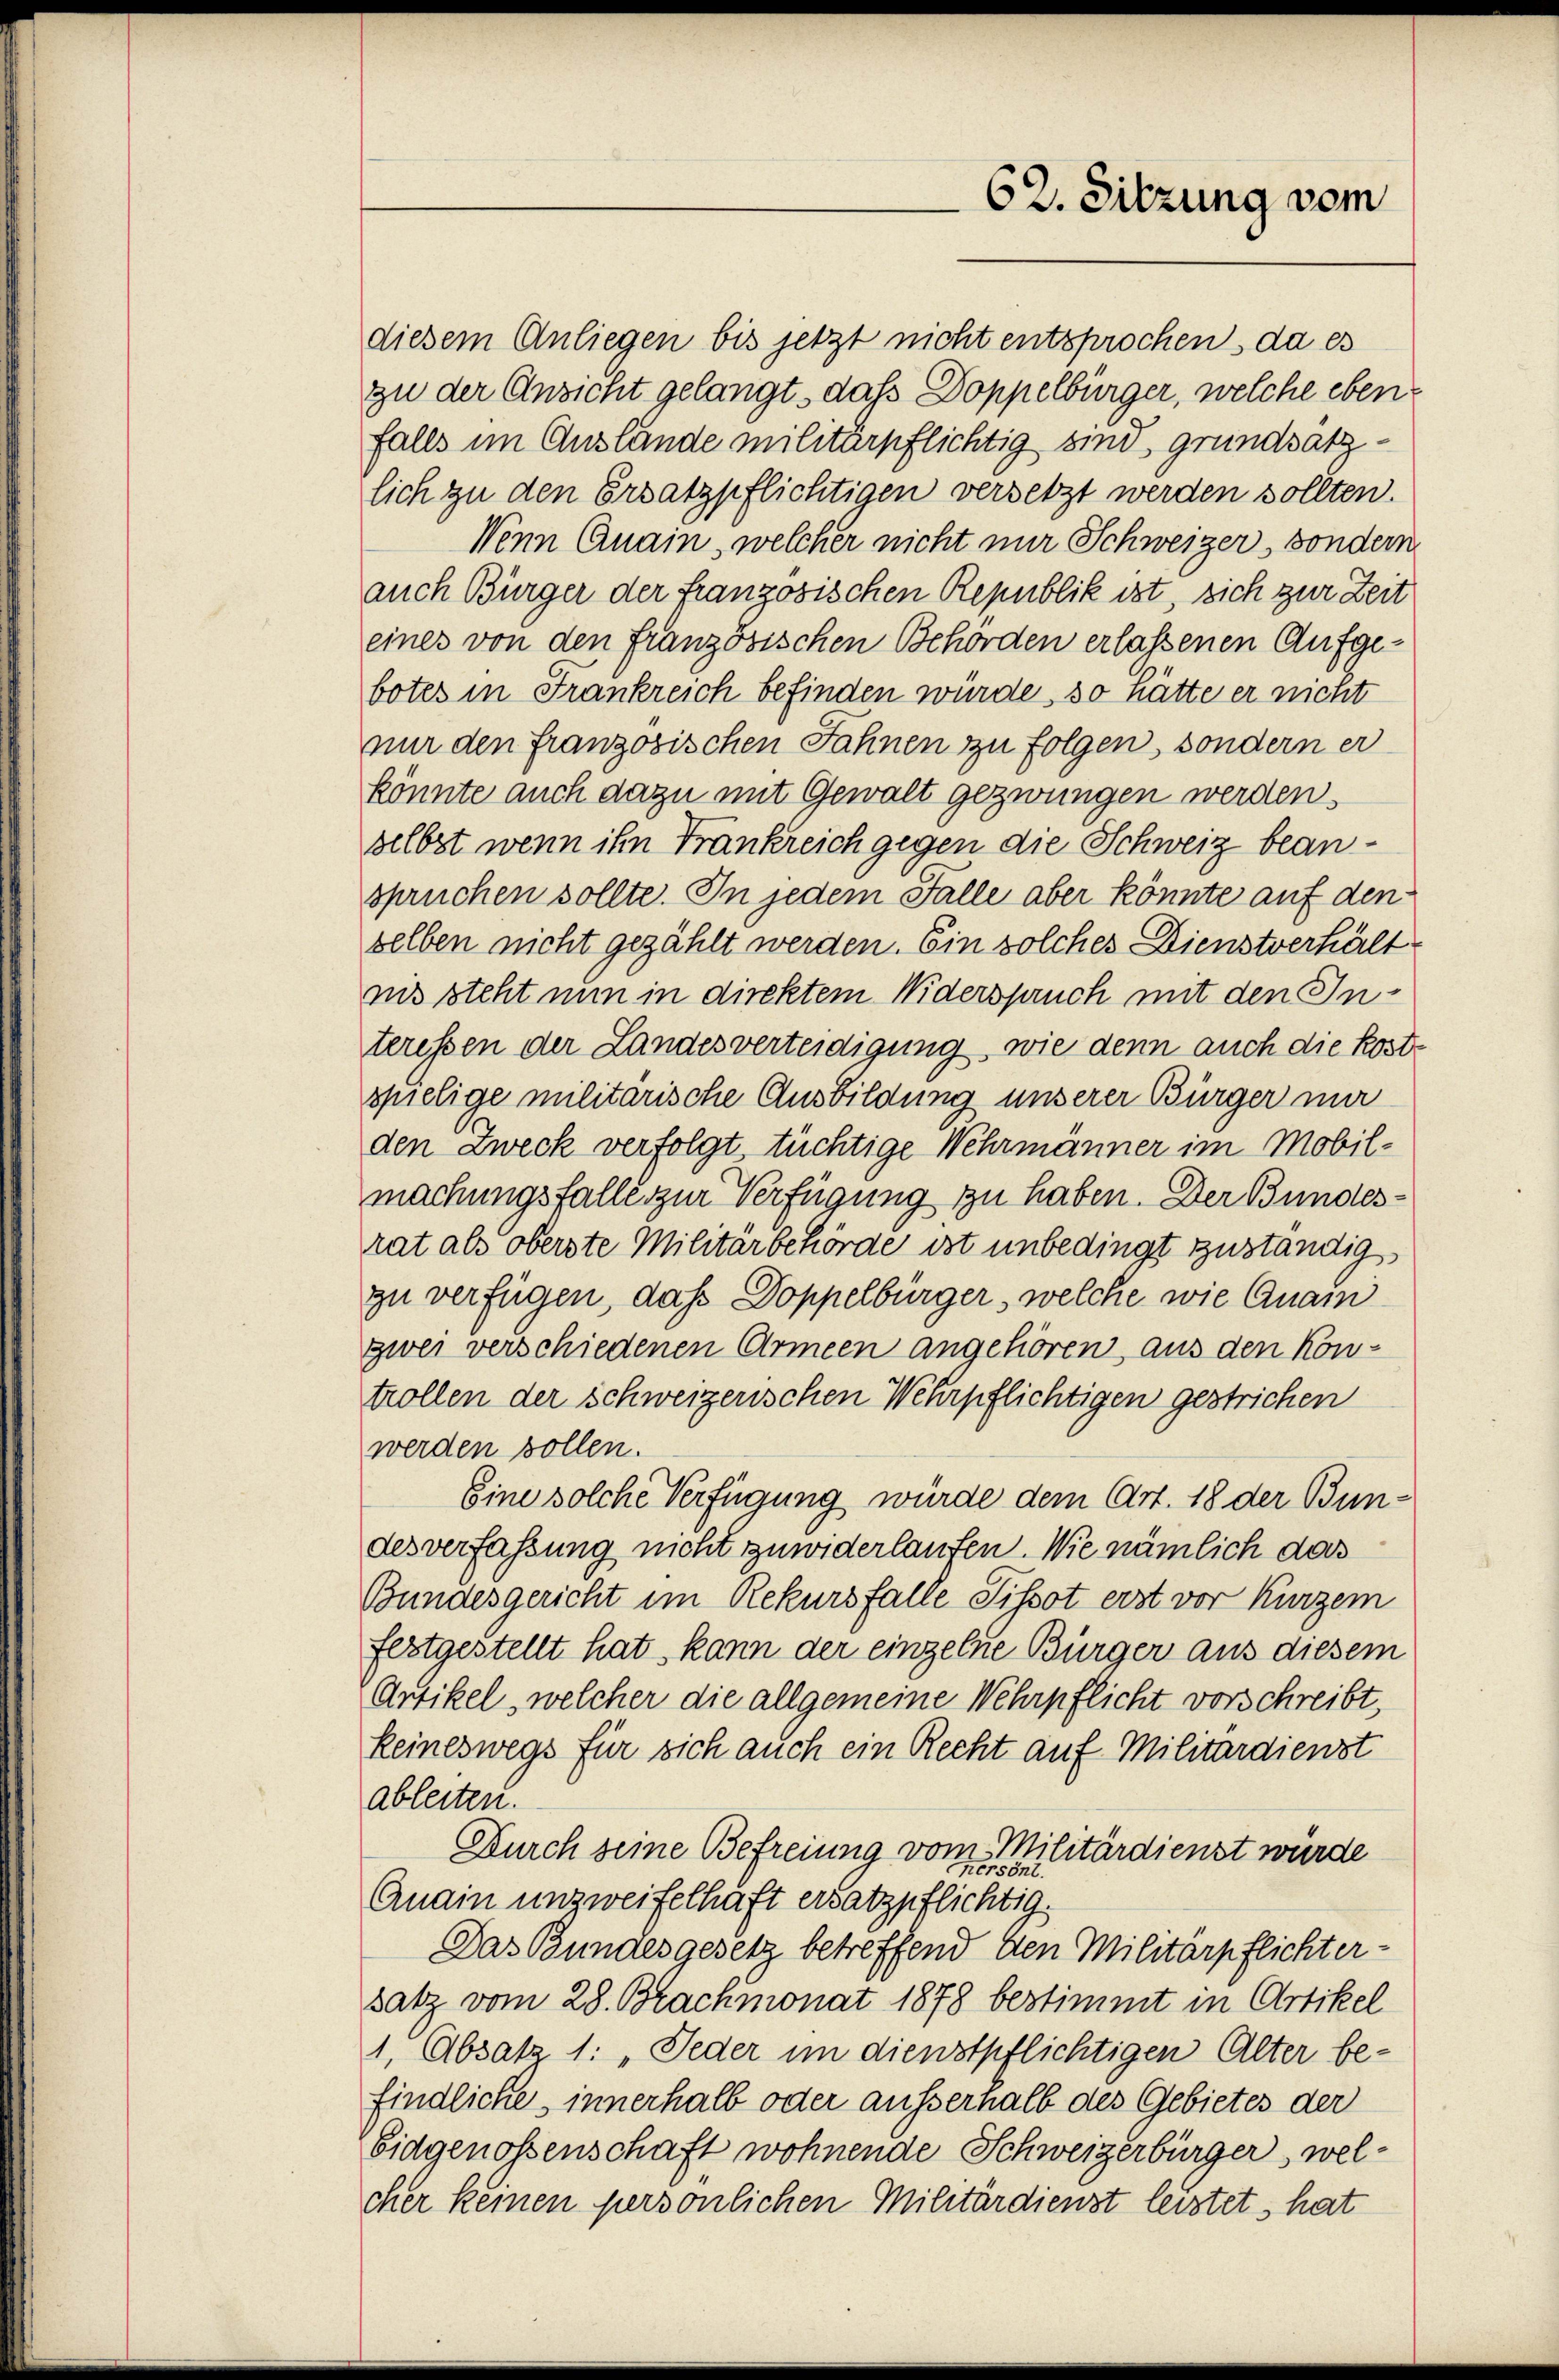
diesem Anliegen bis jetzt nicht entsprochen, da es
zu der Ansicht gelangt, das Doppelbürger, welche ebenfalls im Auslände militärpflichtig sind grundsatzlich zu den Ersatzpflichtigen versetzt werden sollten.
Wenn Quain, welcher nicht nur Schweizer, sondern
auch Bürger der französischen Republik ist, sich zur Zeit
eines von den französischen Behörden erlassenen Aufgebotes in Frankreich befinden würde, so hätte er nicht
nur den französischen Fahnen zu folgen, sondern er
könnte auch dazu mit Gewalt gezwungen werden.
selbst wenn ihn Frankreich gegen die Schweiz beanspruchen sollte. In jedem Falle aber könnte auf den
selben nicht gezählt werden. Ein solches Dienstverhält
nis steht nun in direktem Widerspruch mit den Interessen der Landesverteidigung, wie denn auch die Kostspielige militärische Ausbildung unserer Bürger mir
den Zweck verfolgt, tüchtige Wehrmänner im Mobilmachungsfalle zur Verfügung zu haben. Der Bundesrat als oberste Militärbehörde ist unbedingt zuständig,
zu verfügen, daß Doppelbürger, welche wie Quanzwei verschiedenen Armeen angehören, aus den Kontrollen der schweizerischen Wehrpflichtigen gestrichen
werden sollen.
Eine solche Verfügung würde dem Art. 18 der Bundesverfassung nicht zuwiderlaufen. Wie nämlich das
Bundesgericht im Rekursfalle Sissot erst vor kurzem
festgestellt hat, kann der einzelne Bürger aus diesem
Artikel, welcher die allgemeine Wehrpflicht vorschreibt,
keineswegs für sich auch ein Recht auf Militärdienst
ableiten.
Durch seine Befreiung vom Militärdienst würde
Anain unzweifelhaft ersatzpflichtig.
Das Bundesgesetz betreffend den Militärpflichter-
satz vom 28. Brachmonat 1878 bestimmt in Artikel
1, Absatz 1: „Jeder im dienstpflichtigen Alter be-
findliche, innerhalb oder ausserhalb des Gebietes der
Eidgenossenschaft wohnende Schweizerbürger, welcher keinen persönlichen Militärdienst leistet, hat

62. Sitzung vom